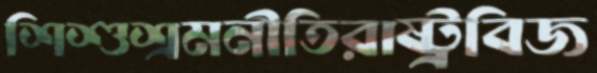
শিশুশ্রমনীতিরাষ্ট্রবিজ